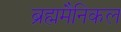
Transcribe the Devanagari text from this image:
ब्रह्ममैनिकल